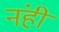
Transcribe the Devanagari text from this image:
नंहीं